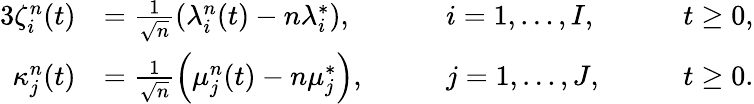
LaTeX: \begin{array}{rlrlrl}{{3}\zeta_{i}^{n}(t)}&{=\frac{1}{\sqrt{n}}\left(\lambda_{i}^{n}(t)-n\lambda_{i}^{*}\right),}&&{\quad i=1,\dots,I,}&&{\quad t\ge 0,}\\ {\kappa_{j}^{n}(t)}&{=\frac{1}{\sqrt{n}}\left(\mu_{j}^{n}(t)-n\mu_{j}^{*}\right),}&&{\quad j=1,\dots,J,}&&{\quad t\ge 0.}\end{array}